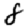
Digit: 8